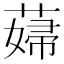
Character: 𦸱